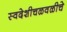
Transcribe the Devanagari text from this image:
स्वदेशीचळवळीचे